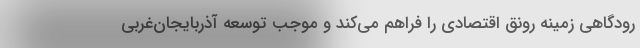
رودگاهی زمینه رونق اقتصادی را فراهم می‌کند و موجب توسعه آذربایجان‌غربی